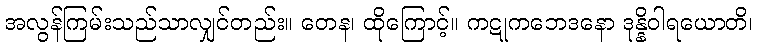
အလွန်ကြမ်းသည်သာလျှင်တည်း။ တေန၊ ထိုကြောင့်။ ကဋုကဘေဒနော ဒုန္နိဝါရယောတိ၊